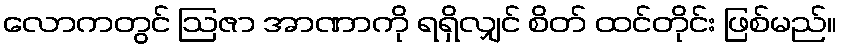
လောကတွင် ဩဇာ အာဏာကို ရရှိလျှင် စိတ် ထင်တိုင်း ဖြစ်မည်။